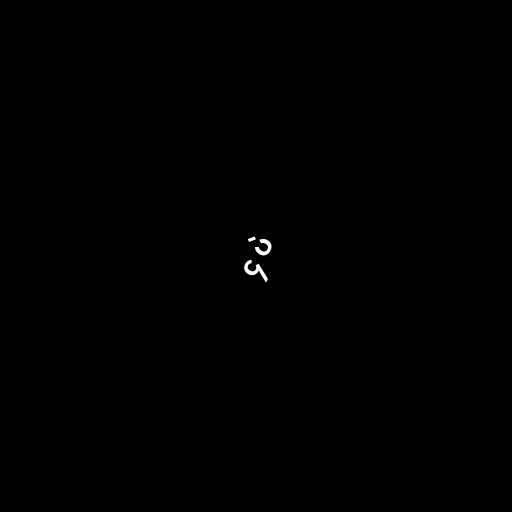
၄ ပဲ